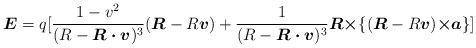
\begin{align*}\mbox{\boldmath $E$}= q[\frac{1-v^{2}}{(R-\mbox{\boldmath $R\cdot v$})^{3}}(\mbox{\boldmath $R$}-R\mbox{\boldmath $v$}) +\frac{1}{(R-\mbox{\boldmath $R\cdot v$})^{3}}\mbox{\boldmath $R\times $}\{(\mbox{\boldmath $R$}-R\mbox{\boldmath $v$})\mbox{\boldmath $\times a$}\}]\end{align*}